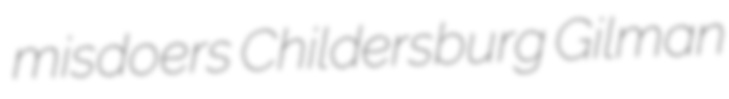
misdoers Childersburg Gilman